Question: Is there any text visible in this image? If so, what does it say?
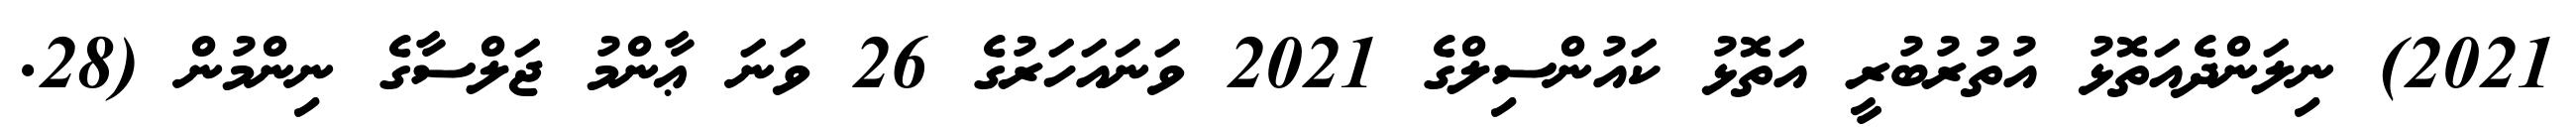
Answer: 2021) ނިލަންދެއަތޮޅު އުތުރުބުރީ އަތޮޅު ކައުންސިލްގެ 2021 ވަނައަހަރުގެ 26 ވަނަ ޢާންމު ޖަލްސާގެ ނިންމުން (28.